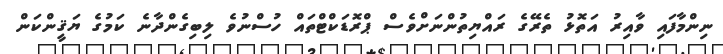
ނިންމާފައި ވާއިރު އަތޮޅު ތެރޭގެ ރައްޔިތުންނަށްވެސް ޕްރޮޑަކްޓްތައް ހުސްނުވެ ލިބިގެންދާނެ ކަމުގެ ޔަޤީންކަން